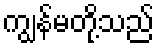
ကျွန်မတို့သည်